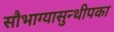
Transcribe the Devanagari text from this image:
सौभाग्यासुन्थीपका